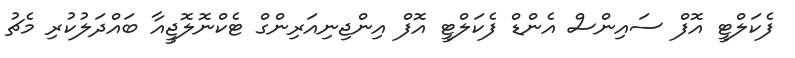
ފެކަލްޓީ އޮފް ސައިންސް އެންޑް ފެކަލްޓީ އޮފް އިންޖިނިއަރިންގް ޓެކްނޮލޮޖީއާ ބައްދަލުކުރި މެޗު